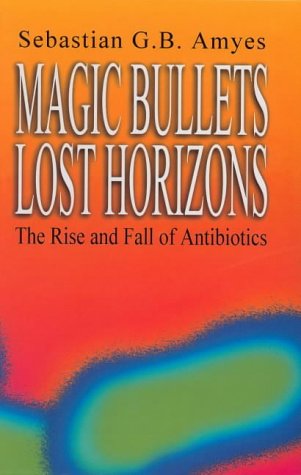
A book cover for Magic Bullets, Lost Horizons: The Rise and Fall of Antibiotics; Sebastian G. B. Amyes; Medical Books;